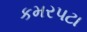
કમરપટા